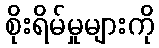
စိုးရိမ်မှုများကို